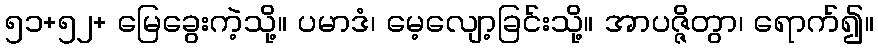
၅၁+၅၂+ မြေခွေးကဲ့သို့။ ပမာဒံ၊ မေ့လျော့ခြင်းသို့။ အာပဇ္ဇိတွာ၊ ရောက်၍။